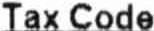
TAX CODE